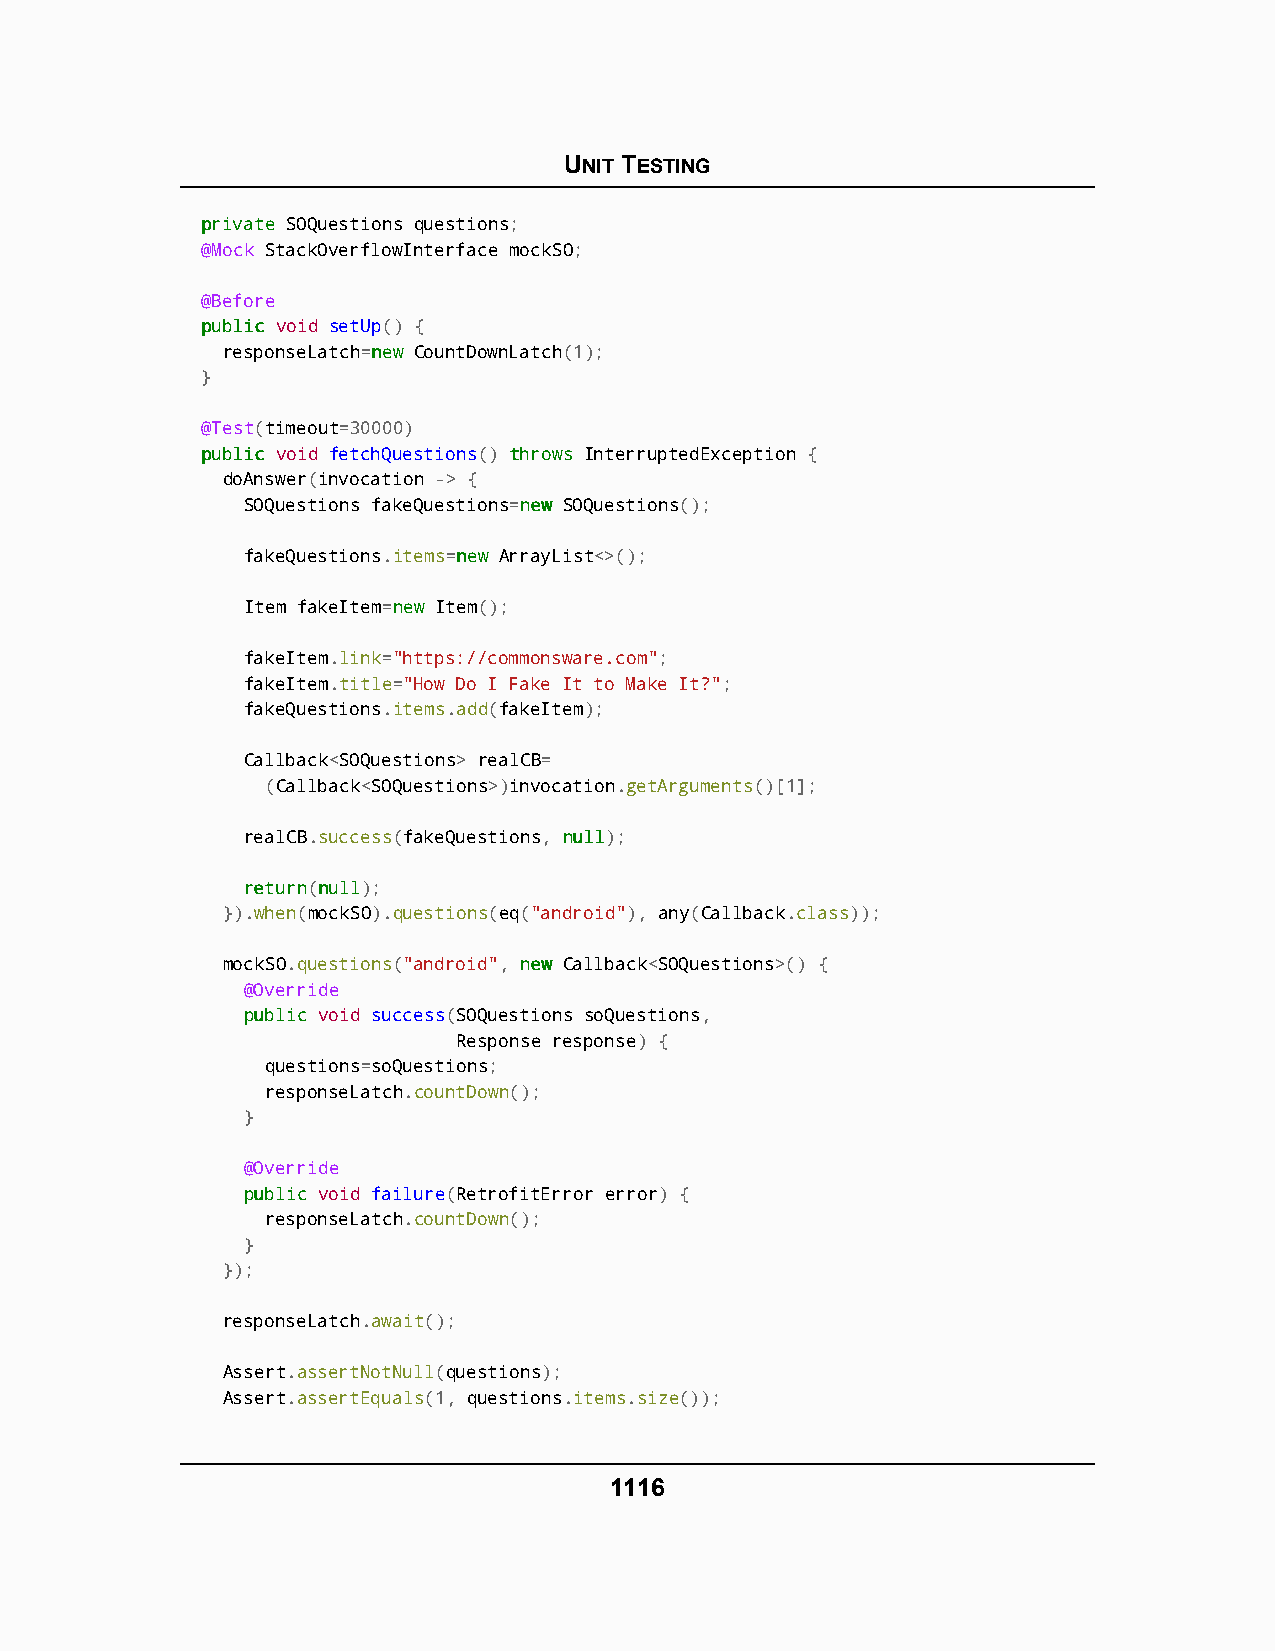
UNIT TESTING
 pprriivvaattee SOQuestions questions;
 @Mock StackOverflowInterface mockSO;
 @Before
 ppuubblliicc void setUp() {
 responseLatch=nneeww CountDownLatch(1);
 }
 @Test(timeout=30000)
 ppuubblliicc void fetchQuestions() tthhrroowwss InterruptedException {
 doAnswer(invocation -> {
 SOQuestions fakeQuestions=nneeww SOQuestions();
 fakeQuestions.items=nneeww ArrayList<>();
 Item fakeItem=nneeww Item();
 fakeItem.link="https://commonsware.com";
 fakeItem.title="How Do I Fake It to Make It?";
 fakeQuestions.items.add(fakeItem);
 Callback<SOQuestions> realCB=
 (Callback<SOQuestions>)invocation.getArguments()[1];
 realCB.success(fakeQuestions, nnuullll);
 rreettuurrnn(nnuullll);
 }).when(mockSO).questions(eq("android"), any(Callback.class));
 mockSO.questions("android", nneeww Callback<SOQuestions>() {
 @Override
 ppuubblliicc void success(SOQuestions soQuestions,
 Response response) {
 questions=soQuestions;
 responseLatch.countDown();
 }
 @Override
 ppuubblliicc void failure(RetrofitError error) {
 responseLatch.countDown();
 }
 });
 responseLatch.await();
 Assert.assertNotNull(questions);
 Assert.assertEquals(1, questions.items.size());
 1116